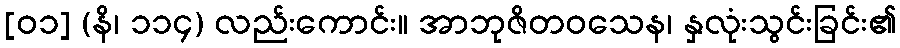
[၀၁] (နိ၊ ၁၁၄) လည်းကောင်း။ အာဘုဇိတဝသေန၊ နှလုံးသွင်းခြင်း၏